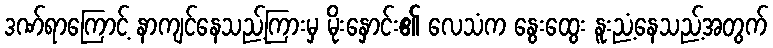
ဒဏ်ရာကြောင့် နာကျင်နေသည့်ကြားမှ မိုးနှောင်း၏ လေသံက နွေးထွေး နူးညံ့နေသည့်အတွက်